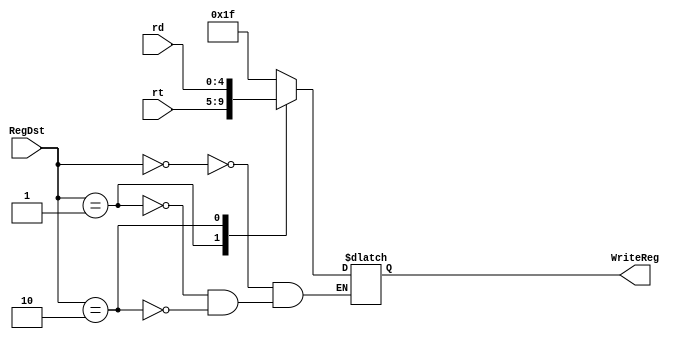
`timescale 1ns / 1ps
//////////////////////////////////////////////////////////////////////////////////
// Company: 
// Engineer: 
// 
// Design Name: 
// Module Name: Selector31_5bits
// Project Name: 
// Target Devices: 
// Tool Versions: 
// Description: 
// 
// Dependencies: 
// 
// Revision:
// Revision 0.01 - File Created
// Additional Comments:
// 
//////////////////////////////////////////////////////////////////////////////////


module Selector31_5bits(
    rt, rd, RegDst, WriteReg
);
    input [4:0] rt;
    input [4:0] rd;
    input [1:0] RegDst;
    output reg[4:0] WriteReg;
    
    always @(rt or rd or RegDst)begin
        case(RegDst)
                   2'b00: WriteReg = 5'b11111;   //31
                   2'b01: WriteReg = rt;         // rt 
                   2'b10: WriteReg = rd;         // rd 
                   default: WriteReg = WriteReg;
        endcase       
    end
endmodule